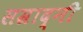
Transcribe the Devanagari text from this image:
सम्राद्नी